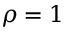
\rho = 1